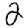
Digit: 2